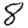
Digit: 8